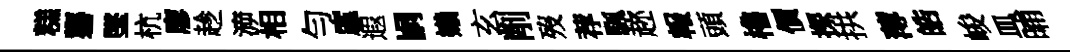
糕礱墜杭廖趁㴑相勻廑遐嗣嬾玄削歿荐颿趂報頭櫓價探拱薄皓峻皿晡